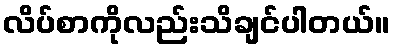
လိပ်စာကိုလည်းသိချင်ပါတယ်။